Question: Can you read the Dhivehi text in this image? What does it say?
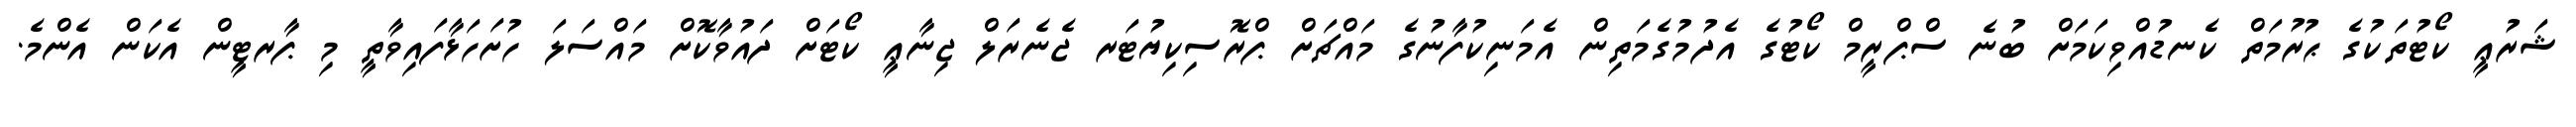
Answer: ޝަރުޢީ ކޯޓުތަކުގެ ޙުރުމަތް ކެނޑުއްވިކަމަށް ބުނެ ސްޕްރީމް ކޯޓުގެ އެދުމުގެމަތިން އެމަނިކުފާނުގެ މައްޗަށް ޕްރޮސިކިޔުޓަރ ޖެނެރަލް ޖިނާޢީ ކޯޓަށް ދައުވާކޮށް މައްސަލަ ހުށަހަޅާފައިވާތީ މި ޕާރޓީން އެކަން އެންމެ.